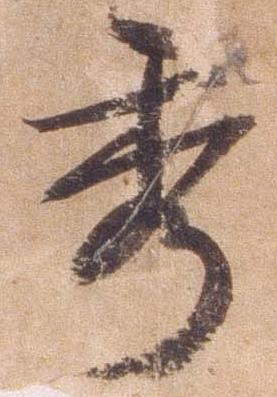
秀